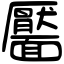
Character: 靨